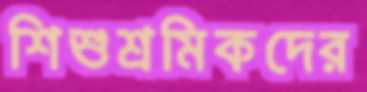
শিশুশ্রমিকদের